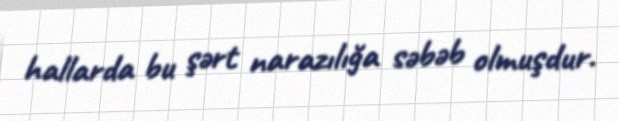
hallarda bu şərt narazılığa səbəb olmuşdur.